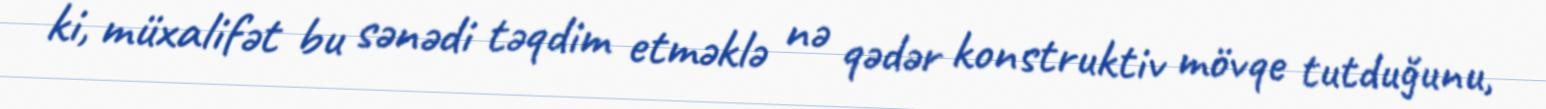
ki, müxalifət bu sənədi təqdim etməklə nə qədər konstruktiv mövqe tutduğunu,